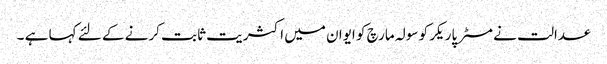
عدالت نے مسٹر پاریکر کو سولہ مارچ کو ایوان میں اکثریت ثابت کرنے کے لئے کہا ہے ۔